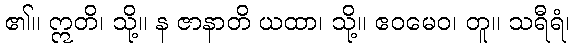
၏။ ဣတိ၊ သို့။ န ဇာနာတိ ယထာ၊ သို့။ ဧဝမေဝ၊ တူ။ သရီရံ၊